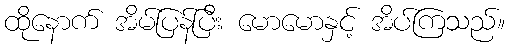
ထိုနောက် အိမ်ပြန်ပြီး မောမောနှင့် အိပ်ကြသည်။